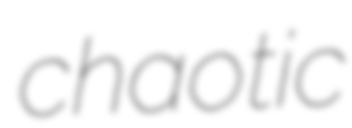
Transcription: chaotic